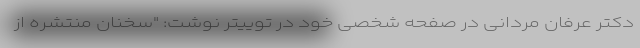
دکتر عرفان مردانی در صفحه شخصی خود در توییتر نوشت: "سخنان منتشره از